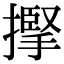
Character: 𢴡